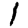
Digit: 1